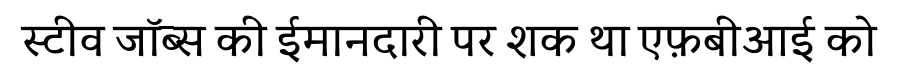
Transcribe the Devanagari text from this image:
स्टीव जॉब्स की ईमानदारी पर शक था एफ़बीआई को